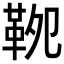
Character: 𩊁